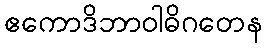
ဧကောဒိဘာဝါဓိဂတေန